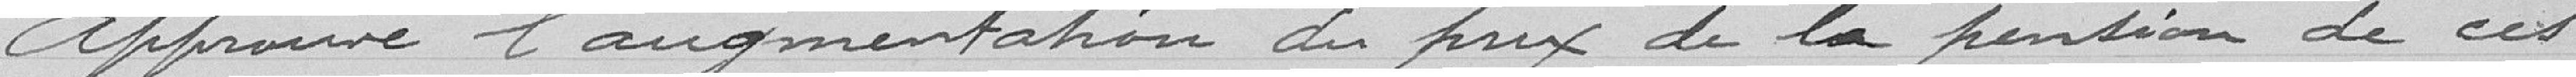
Approuve l'augmentation du prix de la pension de ces